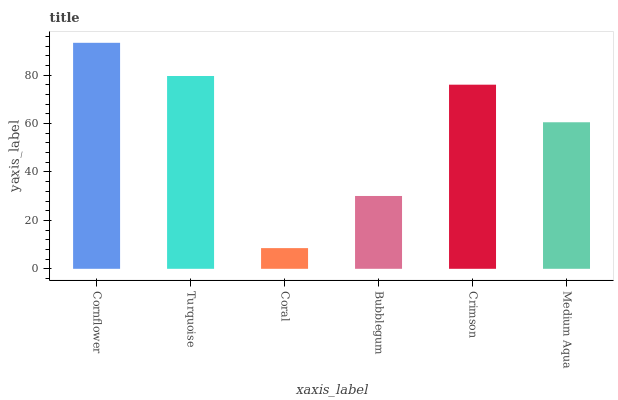
| xaxis_label | bars |
 | --- | --- |
 | Cornflower | 93.4 |
 | Turquoise | 79.7 |
 | Coral | 8.55 |
 | Bubblegum | 30.1 |
 | Crimson | 76.1 |
 | Medium Aqua | 60.5 |